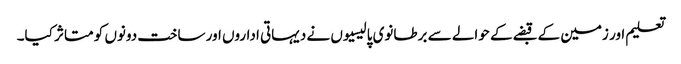
تعلیم اور زمین کے قبضے کے حوالے سے برطانوی پالیسیوں نے دیہاتی اداروں اور ساخت دونوں کو متاثر کیا۔